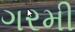
ગરમી